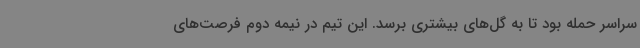
سراسر حمله بود تا به گل‌های بیشتری برسد. این تیم در نیمه دوم فرصت‌های